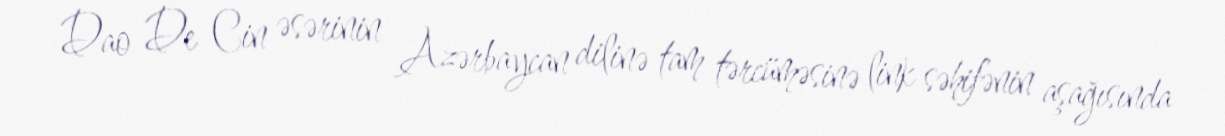
Dao De Cin əsərinin Azərbaycan dilinə tam tərcüməsinə link səhifənin aşağısında